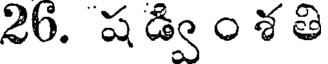
26. ష డ్వి ం శ తి